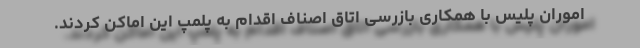
اموران پلیس با همکاری بازرسی اتاق اصناف اقدام به پلمپ این اماکن کردند.